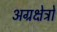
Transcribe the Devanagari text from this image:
अग्रक्षेत्रों